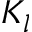
K _ { l }